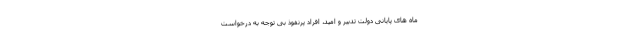
ماه های پایانی دولت تدبیر و امید، افراد پرنفوذ بی توجه به درخواست